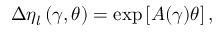
\Delta \eta _ { l } \left( \gamma , \theta \right) = \mathrm { e x p } \left[ A ( \gamma ) \theta \right] ,